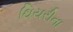
થિયરીના